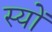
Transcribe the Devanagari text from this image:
स्यों